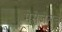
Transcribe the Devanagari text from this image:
मेसेजेसचे